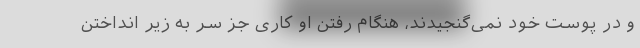
و در پوست خود نمی‌گنجیدند، هنگام رفتن او کاری جز سر به زیر انداختن